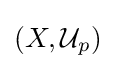
\left(X,{\mathcal {U}}_{p}\right)